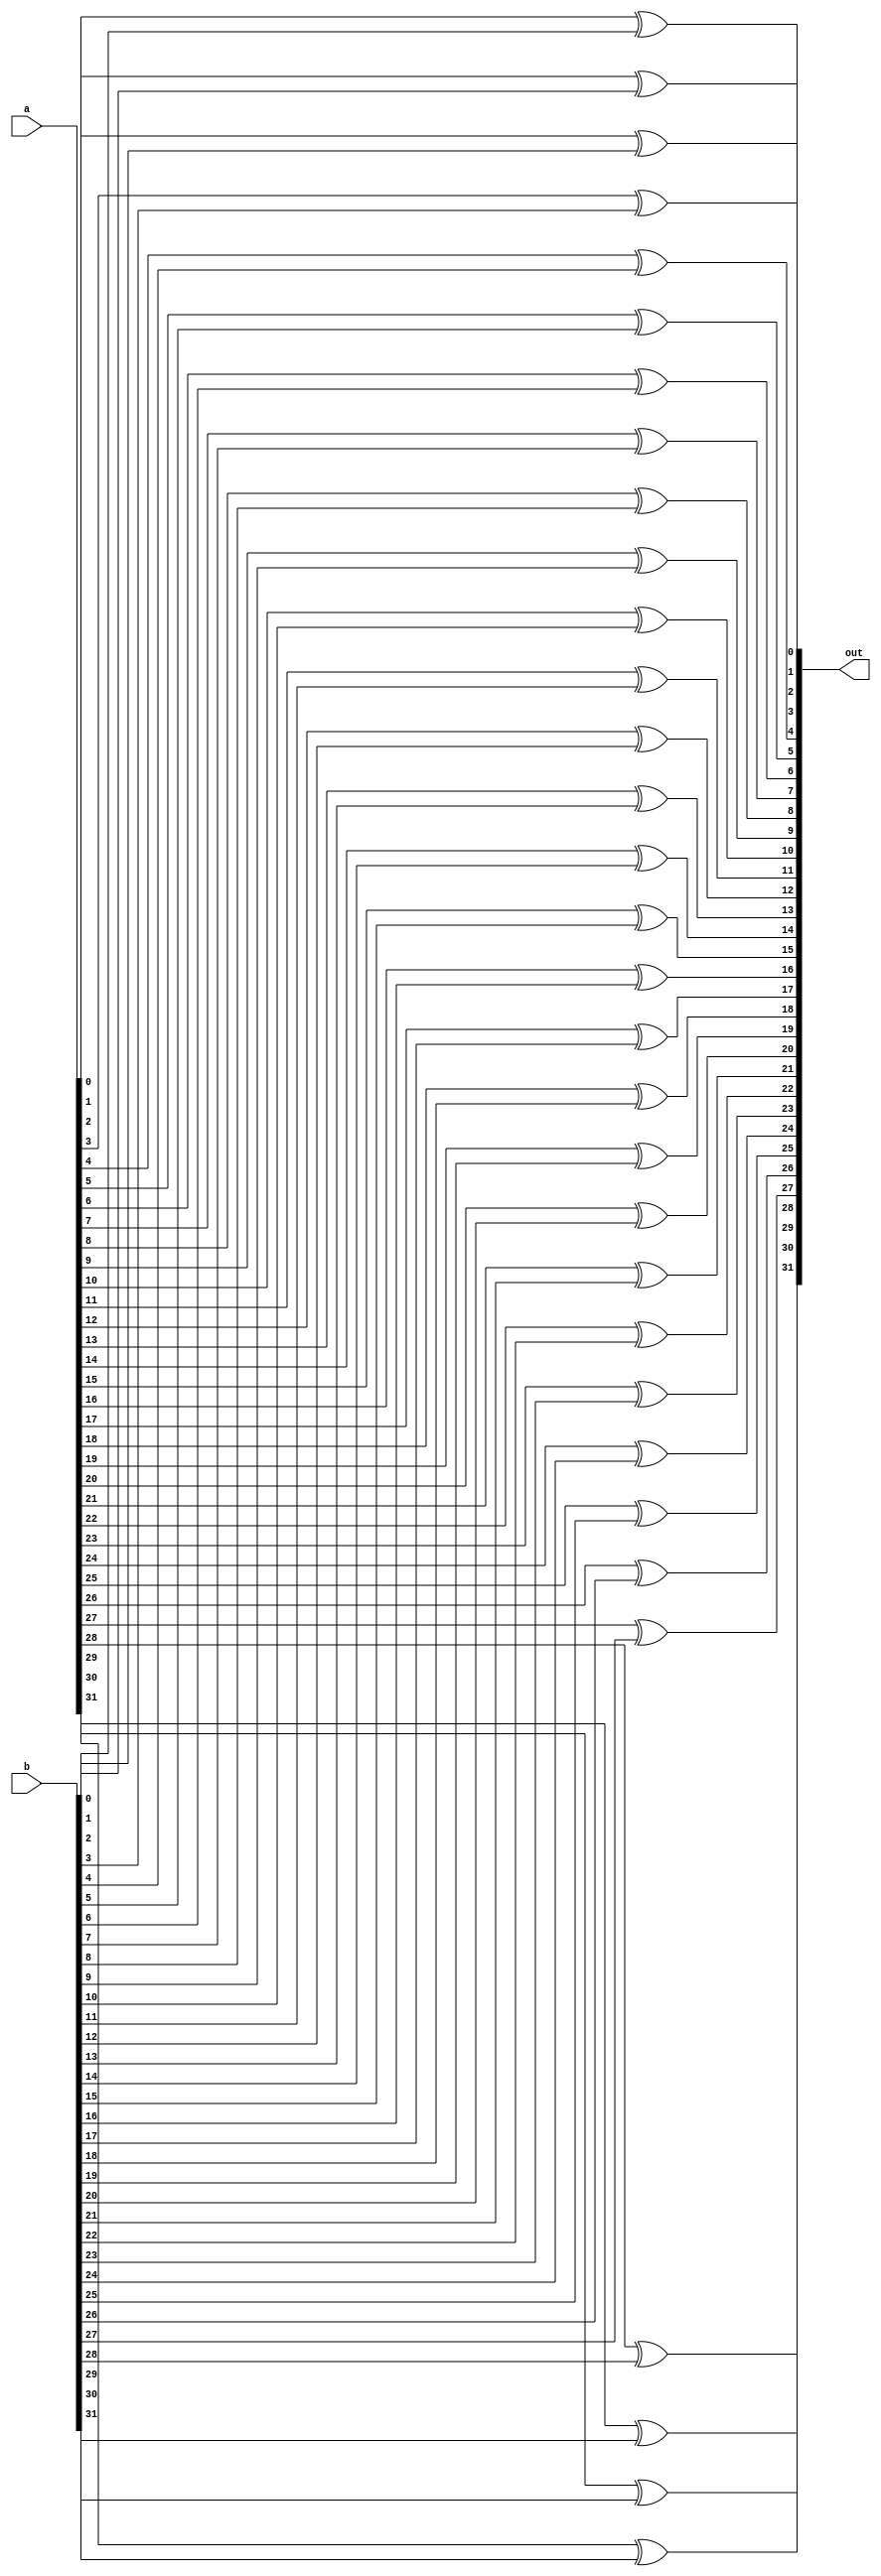
// ---------------------------------------------------------------------
//    Module:     32-bit xor Gate
//    Authxor:     Kevin Hoser xor Alex Schendel
//    Contact:    hoser21@up.edu xor schendel21@up.edu
// ---------------------------------------------------------------------

module xor32(out, a, b);

output [31:0] out;
input [31:0] a, b;

xor g0(out[0], a[0], b[0]);
xor g1(out[1], a[1], b[1]);
xor g2(out[2], a[2], b[2]);
xor g3(out[3], a[3], b[3]);
xor g4(out[4], a[4], b[4]);
xor g5(out[5], a[5], b[5]);
xor g6(out[6], a[6], b[6]);
xor g7(out[7], a[7], b[7]);
xor g8(out[8], a[8], b[8]);
xor g9(out[9], a[9], b[9]);
xor g10(out[10], a[10], b[10]);
xor g11(out[11], a[11], b[11]);
xor g12(out[12], a[12], b[12]);
xor g13(out[13], a[13], b[13]);
xor g14(out[14], a[14], b[14]);
xor g15(out[15], a[15], b[15]);
xor g16(out[16], a[16], b[16]);
xor g17(out[17], a[17], b[17]);
xor g18(out[18], a[18], b[18]);
xor g19(out[19], a[19], b[19]);
xor g20(out[20], a[20], b[20]);
xor g21(out[21], a[21], b[21]);
xor g22(out[22], a[22], b[22]);
xor g23(out[23], a[23], b[23]);
xor g24(out[24], a[24], b[24]);
xor g25(out[25], a[25], b[25]);
xor g26(out[26], a[26], b[26]);
xor g27(out[27], a[27], b[27]);
xor g28(out[28], a[28], b[28]);
xor g29(out[29], a[29], b[29]);
xor g30(out[30], a[30], b[30]);
xor g31(out[31], a[31], b[31]);
endmodule